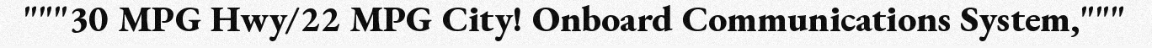
"""30 MPG Hwy/22 MPG City! Onboard Communications System,"""